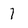
Character: l